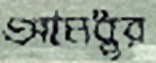
আমধুর